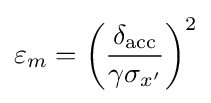
\varepsilon _{m}=\left({\frac {\delta _{\mathrm {acc} }}{\gamma \sigma _{x'}}}\right)^{2}